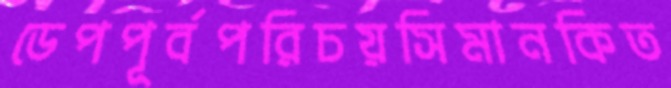
ডেপপূর্বপরিচয়সিমানকিত